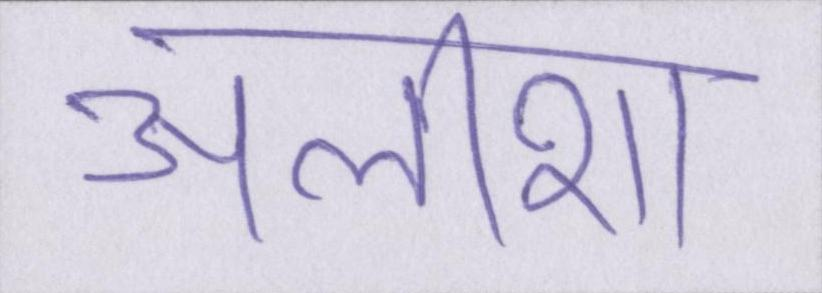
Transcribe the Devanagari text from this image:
अलीशा